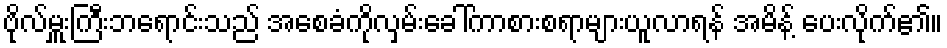
ဗိုလ်မှူးကြီးဘရောင်းသည် အစေခံကိုလှမ်းခေါ်ကာစားစရာများယူလာရန် အမိန့် ပေးလိုက်၏။